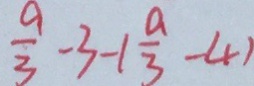
\frac { 9 } { 3 } - 3 - 1 \frac { a } { 3 } - 4 )